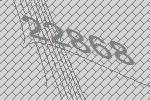
22868